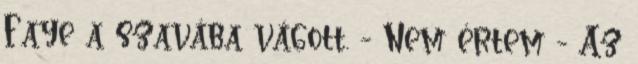
Faye a szavába vágott. - Nem értem - Az